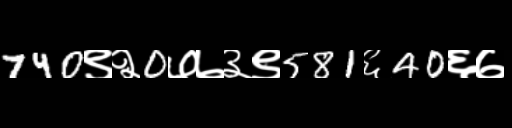
Text: 740९२0७७३९581६40६७